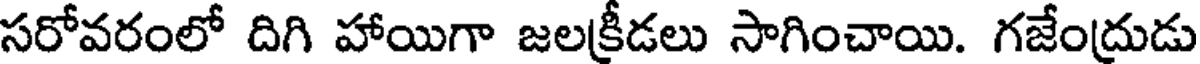
సరోవరంలో దిగి హాయిగా జలక్రీడలు సాగించాయి. గజేంద్రుడు